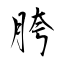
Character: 胯